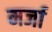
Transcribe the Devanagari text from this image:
मर्जा